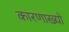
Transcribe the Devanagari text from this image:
कारणाख्यो